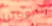
كليوباترا